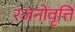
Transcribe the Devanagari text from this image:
रजनोवृत्ति